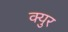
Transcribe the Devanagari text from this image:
क्युर